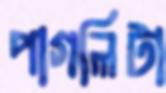
পাগলিটা